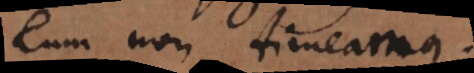
eum non timeamus.